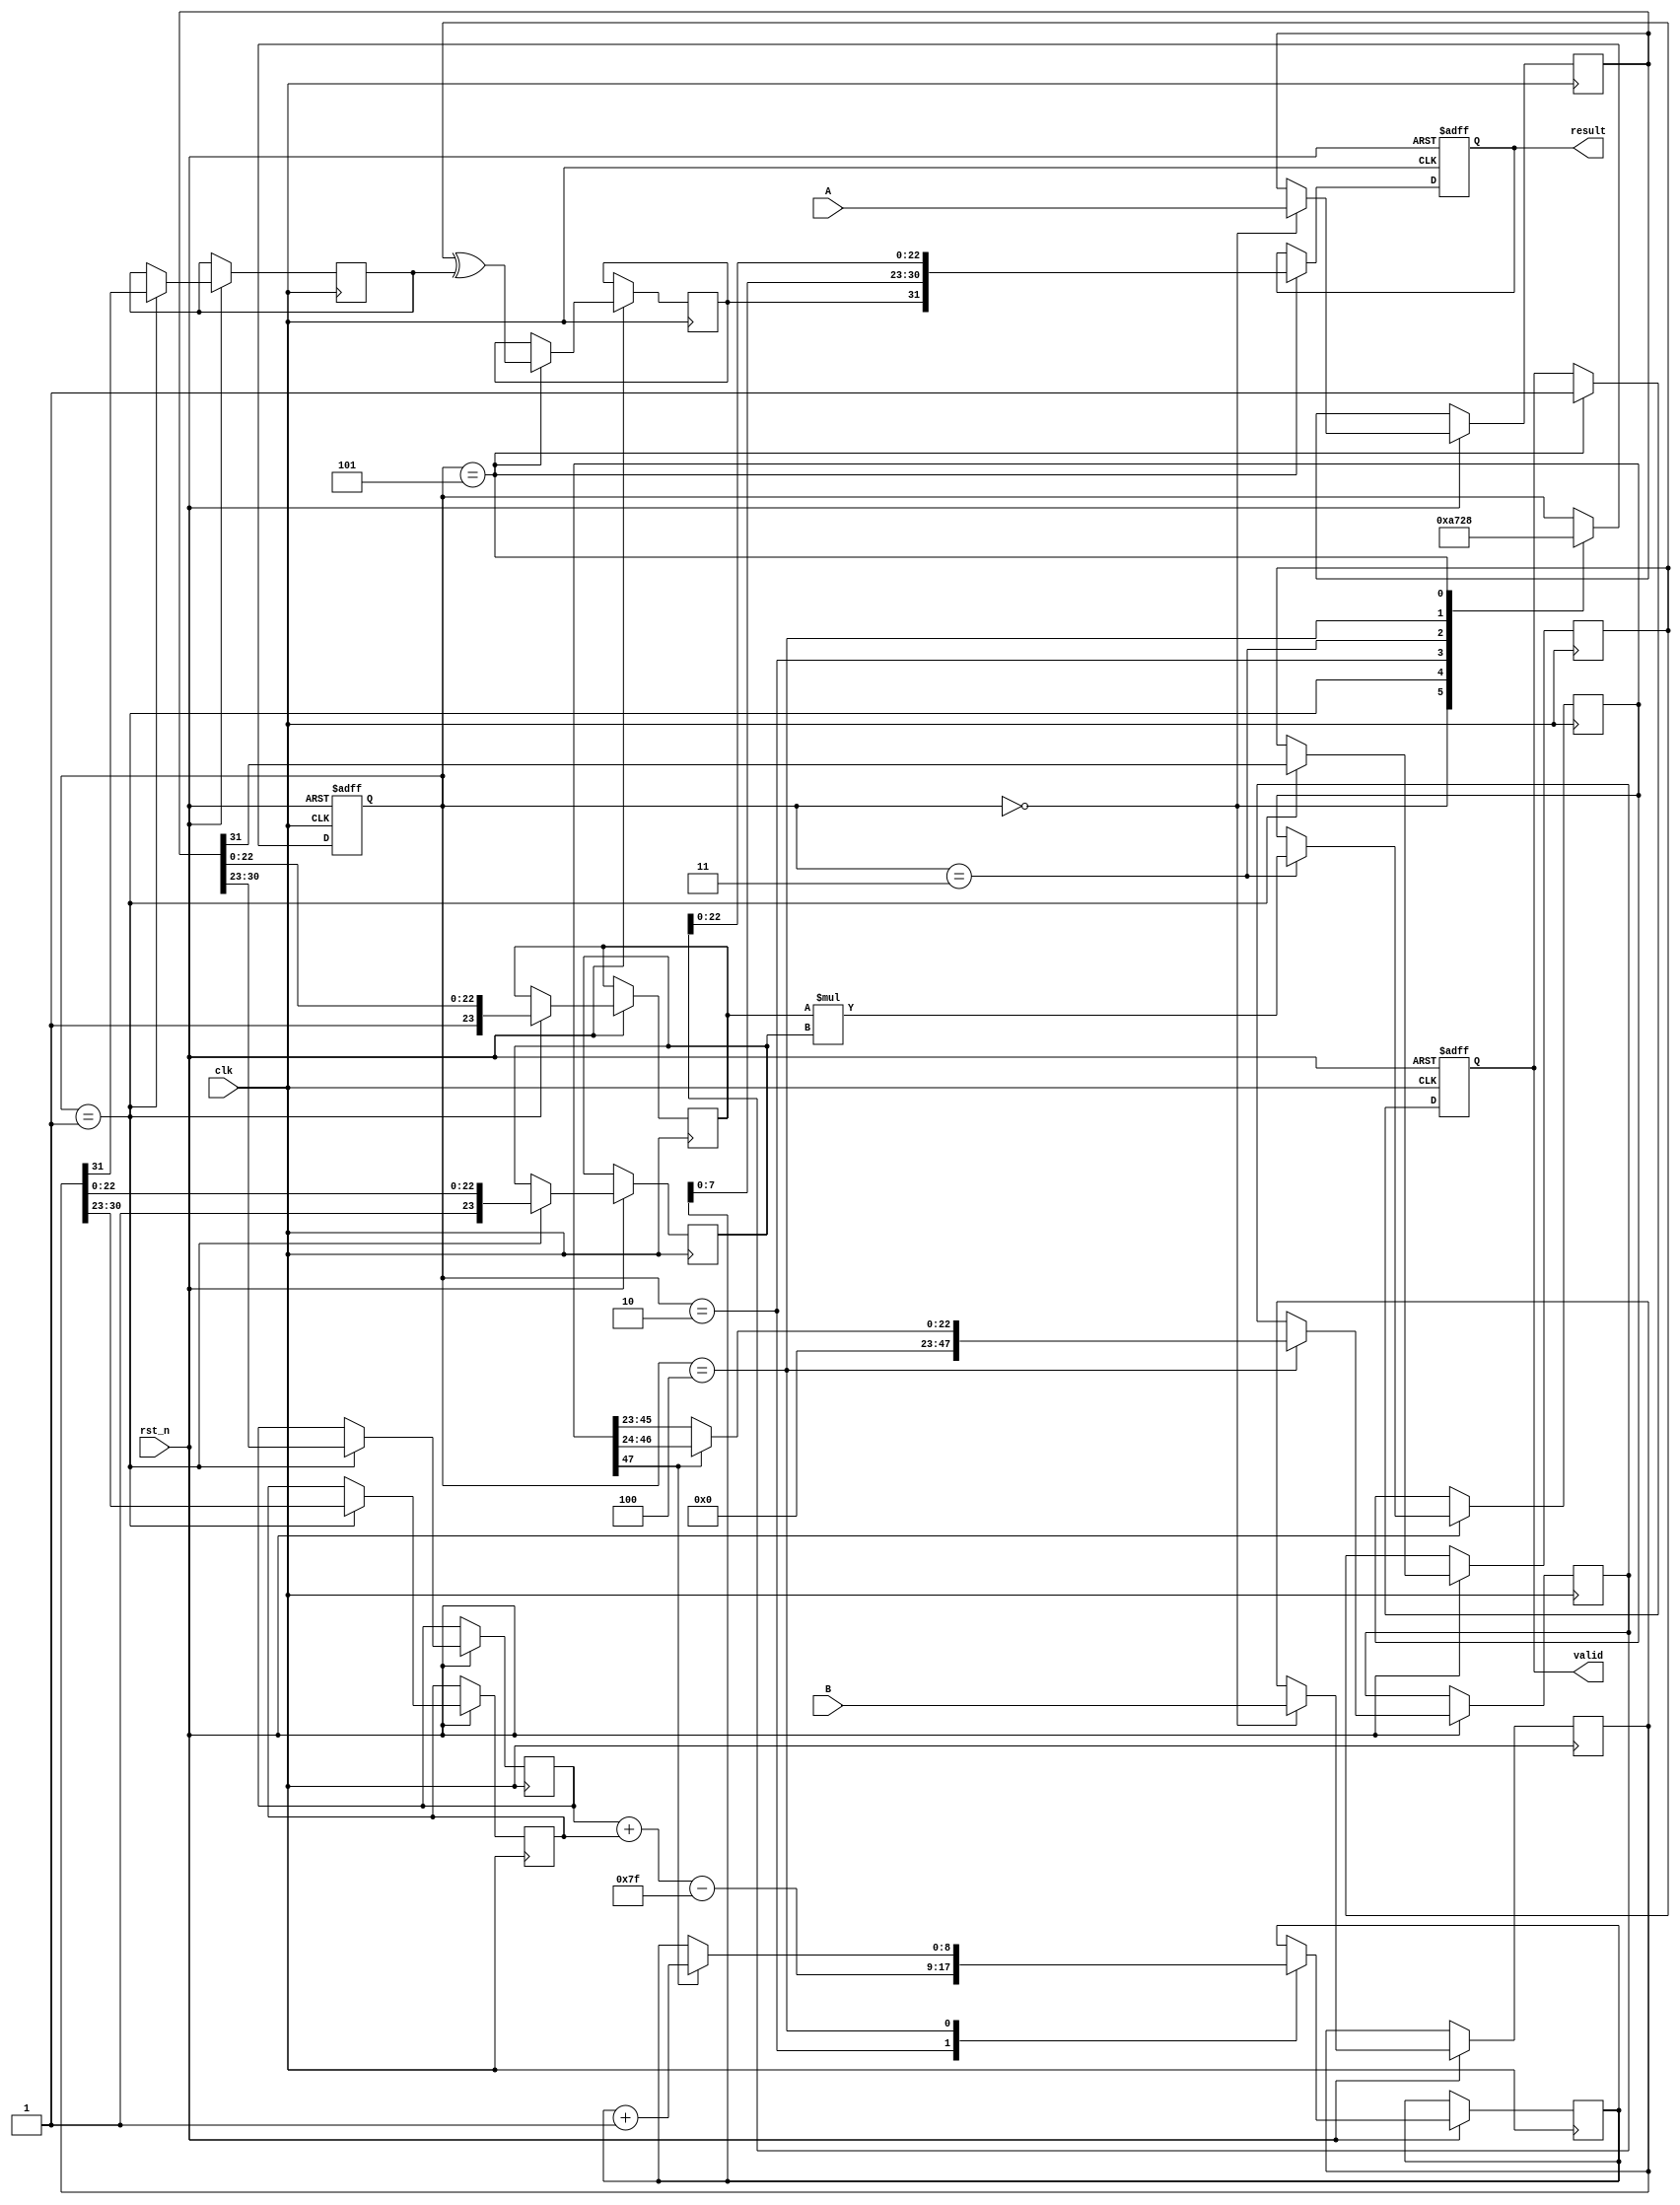
module pipelined_fp_multiplier (
    input wire clk,
    input wire rst_n,
    input wire [31:0] A, // First floating-point operand
    input wire [31:0] B, // Second floating-point operand
    output reg [31:0] result, // Floating-point result
    output reg valid // Output valid signal
);

// Pipeline registers
reg [31:0] reg_A, reg_B; // Stage 1: Input Register
reg [7:0] exp_A, exp_B; // Stage 2: Exponent fields
reg [23:0] frac_A, frac_B; // Stage 2: Mantissa fields
reg sign_A, sign_B; // Stage 2: Sign bits
reg sign_result; // Stage 6: Sign of the result
reg [8:0] exp_result; // Stage 3: Result exponent (with sign bit)
reg [47:0] frac_result; // Stage 4: Result mantissa (extra bits for multiplication)

// Intermediate results
reg [47:0] mantissa_mul; // Stage 4: Mantissa multiplication result

// Pipeline stage counters, FSM control, etc.
reg [2:0] stage; // Stage tracker

// Constants
parameter BIAS = 8'h7F; // Exponent bias for single-precision

always @(posedge clk or negedge rst_n) begin
    if (!rst_n) begin
        stage <= 3'b000;
        valid <= 1'b0;
        result <= 32'h00000000;
    end else begin
        case (stage)
            3'b000: begin // Stage 1: Input Register
                reg_A <= A;
                reg_B <= B;
                stage <= 3'b001;
            end
            3'b001: begin // Stage 2: Decompose Operands
                sign_A <= reg_A[31];
                sign_B <= reg_B[31];
                exp_A <= reg_A[30:23];
                exp_B <= reg_B[30:23];
                frac_A <= {1'b1, reg_A[22:0]}; // Normalize mantissa with implicit leading 1
                frac_B <= {1'b1, reg_B[22:0]}; // Normalize mantissa with implicit leading 1
                stage <= 3'b010;
            end
            3'b010: begin // Stage 3: Exponent Calculation
                exp_result <= exp_A + exp_B - BIAS; // Add exponents and adjust by bias
                stage <= 3'b011;
            end
            3'b011: begin // Stage 4: Mantissa Multiplication
                mantissa_mul <= frac_A * frac_B; // Multiply mantissas
                stage <= 3'b100;
            end
            3'b100: begin // Stage 5: Normalize Result
                // Handle normalization. Skip normalization for simplicity, can handle overflow here.
                if (mantissa_mul[47]) begin
                    frac_result <= mantissa_mul[46:24]; // Shift right if there's an overflow
                    exp_result <= exp_result + 1;
                end else begin
                    frac_result <= mantissa_mul[45:23]; // No overflow, stay within bounds
                end
                stage <= 3'b101;
            end
            3'b101: begin // Stage 6: Final Output Register
                sign_result <= sign_A ^ sign_B; // XOR for sign
                result <= {sign_result, exp_result[7:0], frac_result[22:0]}; // Construct final result
                valid <= 1'b1; // Indicate valid output
                stage <= 3'b000; // Go back to input stage
            end
        endcase
    end
end

endmodule